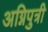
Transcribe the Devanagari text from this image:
अग्निपुत्री